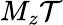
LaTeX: M_{z}\mathcal{T}